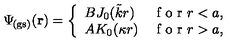
\Psi _ { \! \mathrm { ( g s ) } } ( { \bf r } ) = \left\{ \begin{array} { l r } { B J _ { 0 } ( \tilde { k } r ) } & { \textrm { f o r } r < a , } \\ { A K _ { 0 } ( \kappa r ) } & { \textrm { f o r } r > a , } \\ \end{array} \right.